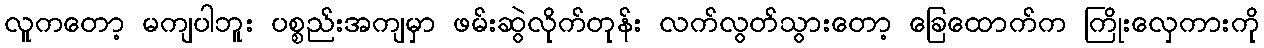
လူကတော့ မကျပါဘူး ပစ္စည်းအကျမှာ ဖမ်းဆွဲလိုက်တုန်း လက်လွတ်သွားတော့ ခြေထောက်က ကြိုးလှေကားကို